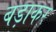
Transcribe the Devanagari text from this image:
बड़ाकर